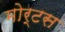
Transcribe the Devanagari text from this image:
मोर्टस